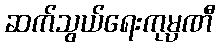
ဆက်သွယ်ရေးကုမ္ပဏီ